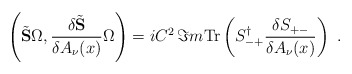
\begin{align*}\left(\tilde{\bf S}\Omega,\frac{\delta\tilde{\bf S}}{\delta A_{\nu}(x)}\Omega\right)=iC^2\,\Im m {\rm Tr}\left(S_{-+}^{\dagger}\frac{\delta S_{+-}}{\delta A_{\nu}(x)}\right)\,\,.\end{align*}